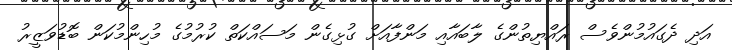
އަދި ދެގައުމުންވެސް ރައްޔިތުންގެ ލާބައާއި މަންފާއަށް ގުޅިގެން މަސައްކަތް ކުރުމުގެ މުހިންމުކަން ބޮޑުވަޒީރު